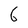
Character: 6